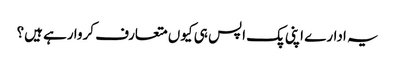
یہ ادارے اپنی پک اپس ہی کیوں متعارف کروا رہے ہیں؟